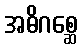
အဓိဂစ္ဆေ